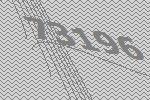
73196